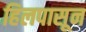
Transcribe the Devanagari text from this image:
हिलपासून